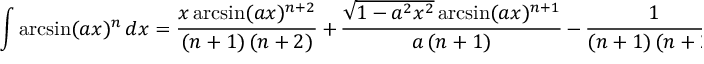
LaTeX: \int \arcsin ( a x ) ^ { n } \, d x = { \frac { x \arcsin ( a x ) ^ { n + 2 } } { ( n + 1 ) \, ( n + 2 ) } } \, + \, { \frac { { \sqrt { 1 - a ^ { 2 } x ^ { 2 } } } \arcsin ( a x ) ^ { n + 1 } } { a \, ( n + 1 ) } } \, - \, { \frac { 1 } { ( n + 1 ) \, ( n + 2 ) } } \int \arcsin ( a x ) ^ { n + 2 } \, d x \quad ( n \neq - 1 , - 2 )